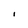
Character: I